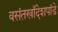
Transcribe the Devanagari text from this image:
वसंतखाँदेशपांडे